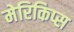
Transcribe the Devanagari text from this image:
मेरिकिप्स